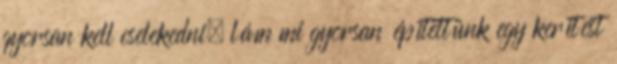
gyorsan kell cselekedni, lám mi gyorsan építettünk egy kerítést